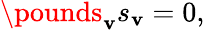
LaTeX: \pounds_{\mathbf{v}}s_{\mathbf{v}}=0,